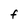
Character: f